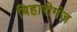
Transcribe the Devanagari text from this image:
बिहारीगंज